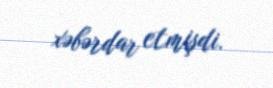
xəbərdar etmişdi.